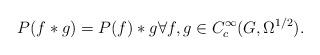
LaTeX: \begin{align*} P(f*g)=P(f)*g\forall f,g\in C^\infty_c(G,\Omega^{1/2}).\end{align*}